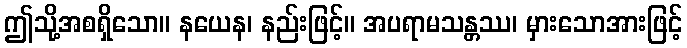
ဤသို့အစရှိသော။ နယေန၊ နည်းဖြင့်။ အပရာမသန္တဿ၊ မှားသောအားဖြင့်